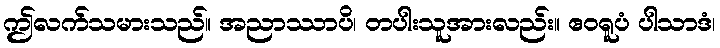
ဤလက်သမားသည်။ အညာဿာပိ၊ တပါးသူအားလည်း။ ဧဝရူပံ ပါသာဒံ၊